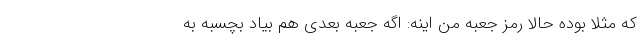
که مثلا بوده حالا رمز جعبه من اینه: اگه جعبه بعدی هم بیاد بچسبه به